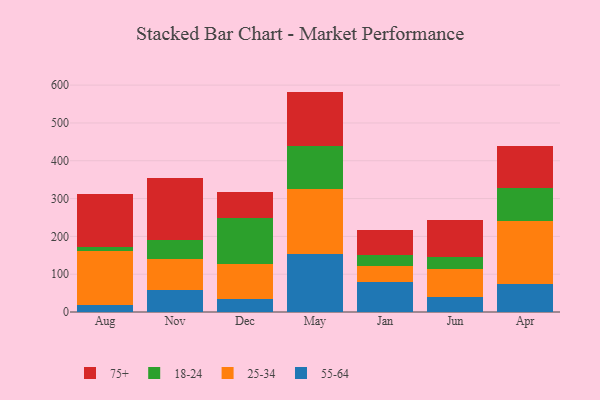
{"axis": {"x": "Month", "y": "Budget (USD K)"}, "legend": ["18-24", "25-34", "55-64", "75+"], "data": [{"x": "Aug", "y": 19.3, "type": "55-64"}, {"x": "Aug", "y": 141.0, "type": "25-34"}, {"x": "Aug", "y": 11.5, "type": "18-24"}, {"x": "Aug", "y": 139.4, "type": "75+"}, {"x": "Nov", "y": 57.6, "type": "55-64"}, {"x": "Nov", "y": 81.3, "type": "25-34"}, {"x": "Nov", "y": 50.7, "type": "18-24"}, {"x": "Nov", "y": 164.3, "type": "75+"}, {"x": "Dec", "y": 35.1, "type": "55-64"}, {"x": "Dec", "y": 92.4, "type": "25-34"}, {"x": "Dec", "y": 119.9, "type": "18-24"}, {"x": "Dec", "y": 69.5, "type": "75+"}, {"x": "May", "y": 154.4, "type": "55-64"}, {"x": "May", "y": 171.3, "type": "25-34"}, {"x": "May", "y": 112.3, "type": "18-24"}, {"x": "May", "y": 144.9, "type": "75+"}, {"x": "Jan", "y": 79.2, "type": "55-64"}, {"x": "Jan", "y": 42.0, "type": "25-34"}, {"x": "Jan", "y": 30.2, "type": "18-24"}, {"x": "Jan", "y": 66.1, "type": "75+"}, {"x": "Jun", "y": 38.7, "type": "55-64"}, {"x": "Jun", "y": 75.0, "type": "25-34"}, {"x": "Jun", "y": 32.5, "type": "18-24"}, {"x": "Jun", "y": 96.5, "type": "75+"}, {"x": "Apr", "y": 73.0, "type": "55-64"}, {"x": "Apr", "y": 168.8, "type": "25-34"}, {"x": "Apr", "y": 85.8, "type": "18-24"}, {"x": "Apr", "y": 111.2, "type": "75+"}]}